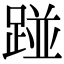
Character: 踫